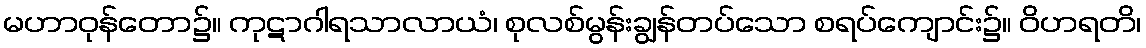
မဟာဝုန်တော၌။ ကုဋာဂါရသာလာယံ၊ စုလစ်မွန်းချွန်တပ်သော စရပ်ကျောင်း၌။ ဝိဟရတိ၊